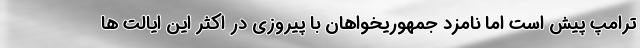
ترامپ پیش است اما نامزد جمهوریخواهان با پیروزی در اکثر این ایالت ها